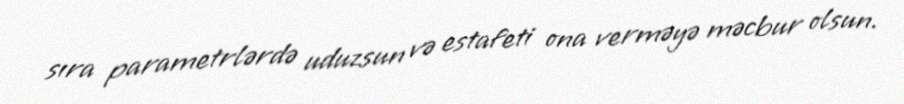
sıra parametrlərdə uduzsun və estafeti ona verməyə məcbur olsun.